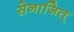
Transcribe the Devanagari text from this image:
सेनाजित्